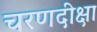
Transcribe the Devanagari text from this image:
चरणदीक्षा